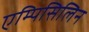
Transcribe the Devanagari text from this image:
एम्पिसिलिन